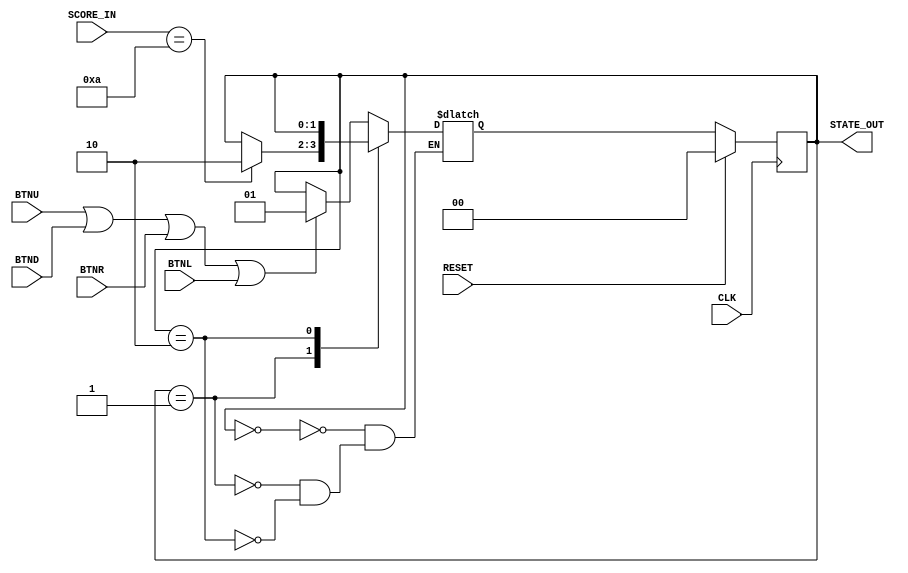
`timescale 1ns / 1ps
//////////////////////////////////////////////////////////////////////////////////
// Company: 
// Engineer: 
// 
// Design Name: 
// Module Name: MSM
// Project Name: 
// Target Devices: 
// Tool Versions: 
// Description: 
// 
// Dependencies: 
// 
// Revision:
// Revision 0.01 - File Created
// Additional Comments:
// 
//////////////////////////////////////////////////////////////////////////////////


module MSM(
    input CLK,
    input RESET,
    input BTNU,
    input BTNR,
    input BTNL,
    input BTND,
    input [3:0] SCORE_IN,
    output [1:0] STATE_OUT
    );
    
    reg [1:0] curr_state;
    reg [1:0] next_state;
    
    //sequential part
    always@(posedge CLK) begin
        if (RESET)
            curr_state <= 2'b00;
        else
            curr_state <= next_state;
    end
    
    //combinational part
    always@(BTNU or BTND or BTNL or BTNR or curr_state or SCORE_IN) begin
        case (curr_state)
            
            2'b00   :   begin                       //idle
                if (BTNU || BTND || BTNR || BTNL)
                    next_state <= 2'b01;
                else
                    next_state <= curr_state;
            end
            
            2'b01   :   begin                       //play
                if (SCORE_IN == 4'd10)
                    next_state <= 2'b10;
                else
                    next_state <= curr_state;
            end
            
            2'b10   :                               //win
                next_state <= curr_state;
        endcase
    end
    
    assign STATE_OUT = curr_state;
endmodule